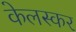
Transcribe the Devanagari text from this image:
केलस्कर